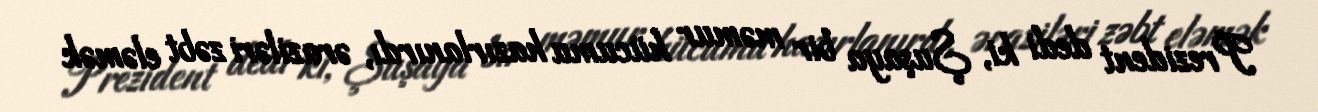
Prezident dedi ki, Şuşaya bir məmur hücumu hazırlanırdı, əraziləri zəbt eləmək